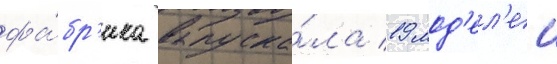
фа́бр'ика выпуска́ла 19 мод'ел'еи